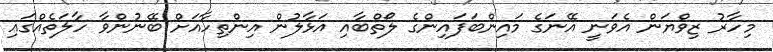
މިހާރު ޒިވްޔަން އެވަނީ އޭނަގެ މައިންބަފައިންގެ ލޯތްބާއި އަޅާލުން އިންތިހާއަށް ބޭނުންވާ ހާލަތެއްގައި